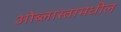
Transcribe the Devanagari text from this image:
ओब्लास्तामधील